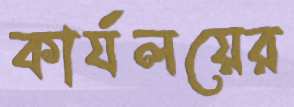
কার্যলয়ের